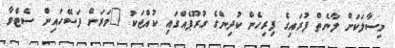
މިސާލަކަށް ލާނެތް ފުރައިގެ ފިރިހެން ކުދިންގެ ގުރޫޕެއްގައި ކުއްޖަކު "ވަރަށް ފަސޭހައިން ސެޓްވާ